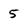
Character: 5